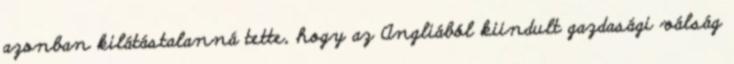
azonban kilátástalanná tette, hogy az Angliából kiindult gazdasági válság